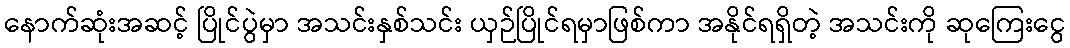
နောက်ဆုံးအဆင့် ပြိုင်ပွဲမှာ အသင်းနှစ်သင်း ယှဉ်ပြိုင်ရမှာဖြစ်ကာ အနိုင်ရရှိတဲ့ အသင်းကို ဆုကြေးငွေ